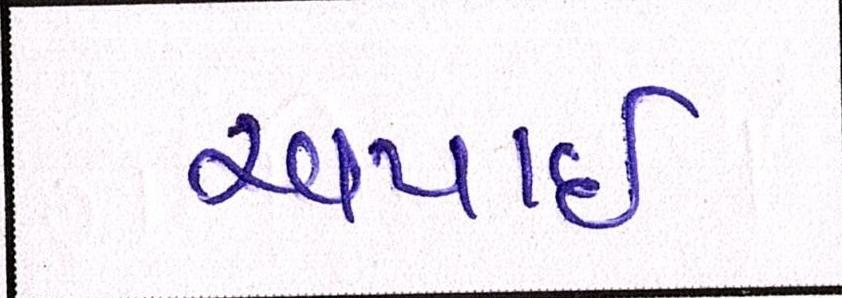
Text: અપાઇ